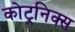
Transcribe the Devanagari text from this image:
कोट्रनिक्स